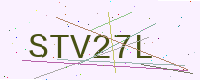
Text: STV27L